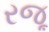
રજૂ